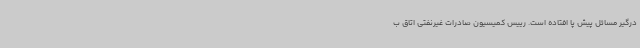
درگیر مسائل پیش پا افتاده است. رییس کمیسیون صادرات غیرنفتی اتاق ب